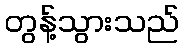
တွန့်သွားသည်